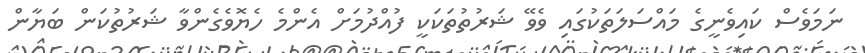
ނަމަވެސް ކައިވެނީގެ މައްސަލަތަކުގައި ވެވޭ ޝަރުތުތަކަކީ ފުއްދުމަށް އެންމެ ހެޔޮވެގެންވާ ޝަރުތުކަން ބަޔާން